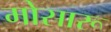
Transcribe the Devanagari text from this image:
मोसारू